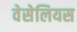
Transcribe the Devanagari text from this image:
वेसेलियस